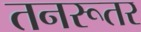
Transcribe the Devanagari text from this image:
तनरूतर